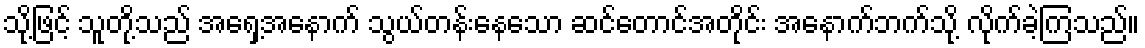
သို့ဖြင့် သူတို့သည် အရှေ့အနောက် သွယ်တန်းနေသော ဆင်တောင်အတိုင်း အနောက်ဘက်သို့ လိုက်ခဲ့ကြသည်။